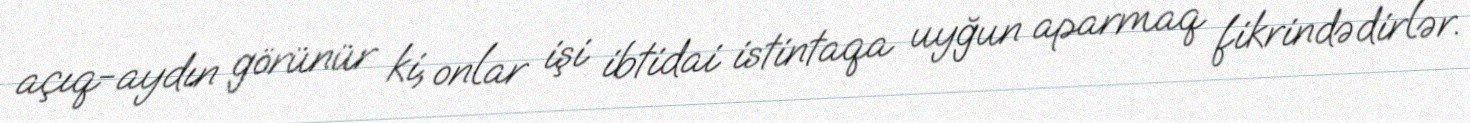
açıq-aydın görünür ki, onlar işi ibtidai istintaqa uyğun aparmaq fikrindədirlər.